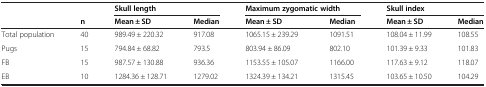
<table><thead><tr><td><b> </b></td><td><b> </b></td><td colspan="2"><b>Skull length</b></td><td colspan="2"><b>Maximum zygomatic width</b></td><td colspan="2"><b>Skull index</b></td></tr><tr><td><b> </b></td><td><b>n</b></td><td><b>Mean ± SD</b></td><td><b>Median</b></td><td><b>Mean ± SD</b></td><td><b>Median</b></td><td><b>Mean ± SD</b></td><td><b>Median</b></td></tr></thead><tbody><tr><td>Total population</td><td>40</td><td>989.49 ± 220.32</td><td>917.08</td><td>1065.15 ± 239.29</td><td>1091.51</td><td>108.04 ± 11.99</td><td>108.55</td></tr><tr><td>Pugs</td><td>15</td><td>794.84 ± 68.82</td><td>793.5</td><td>803.94 ± 86.09</td><td>802.10</td><td>101.39 ± 9.33</td><td>101.83</td></tr><tr><td>FB</td><td>15</td><td>987.57 ± 130.88</td><td>936.36</td><td>1153.55 ± 105.07</td><td>1166.00</td><td>117.63 ± 9.12</td><td>118.07</td></tr><tr><td>EB</td><td>10</td><td>1284.36 ± 128.71</td><td>1279.02</td><td>1324.39 ± 134.21</td><td>1315.45</td><td>103.65 ± 10.50</td><td>104.29</td></tr></tbody></table>